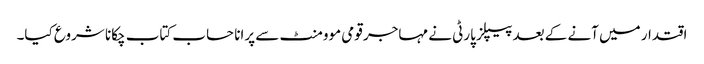
اقتدار میں آنے کے بعد پیپلز پارٹی نے مہاجر قومی موومنٹ سے پرانا حساب کتاب چکانا شروع کیا۔